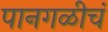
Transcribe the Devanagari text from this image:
पानगळीचं